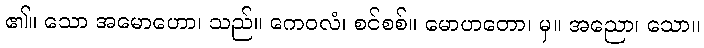
၏။ သော အမောဟော၊ သည်။ ကေဝလံ၊ စင်စစ်။ မောဟတော၊ မှ။ အညော၊ သော။